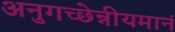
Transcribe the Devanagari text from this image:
अनुगच्छेन्नीयमानं